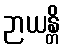
ဉာယန္တိ